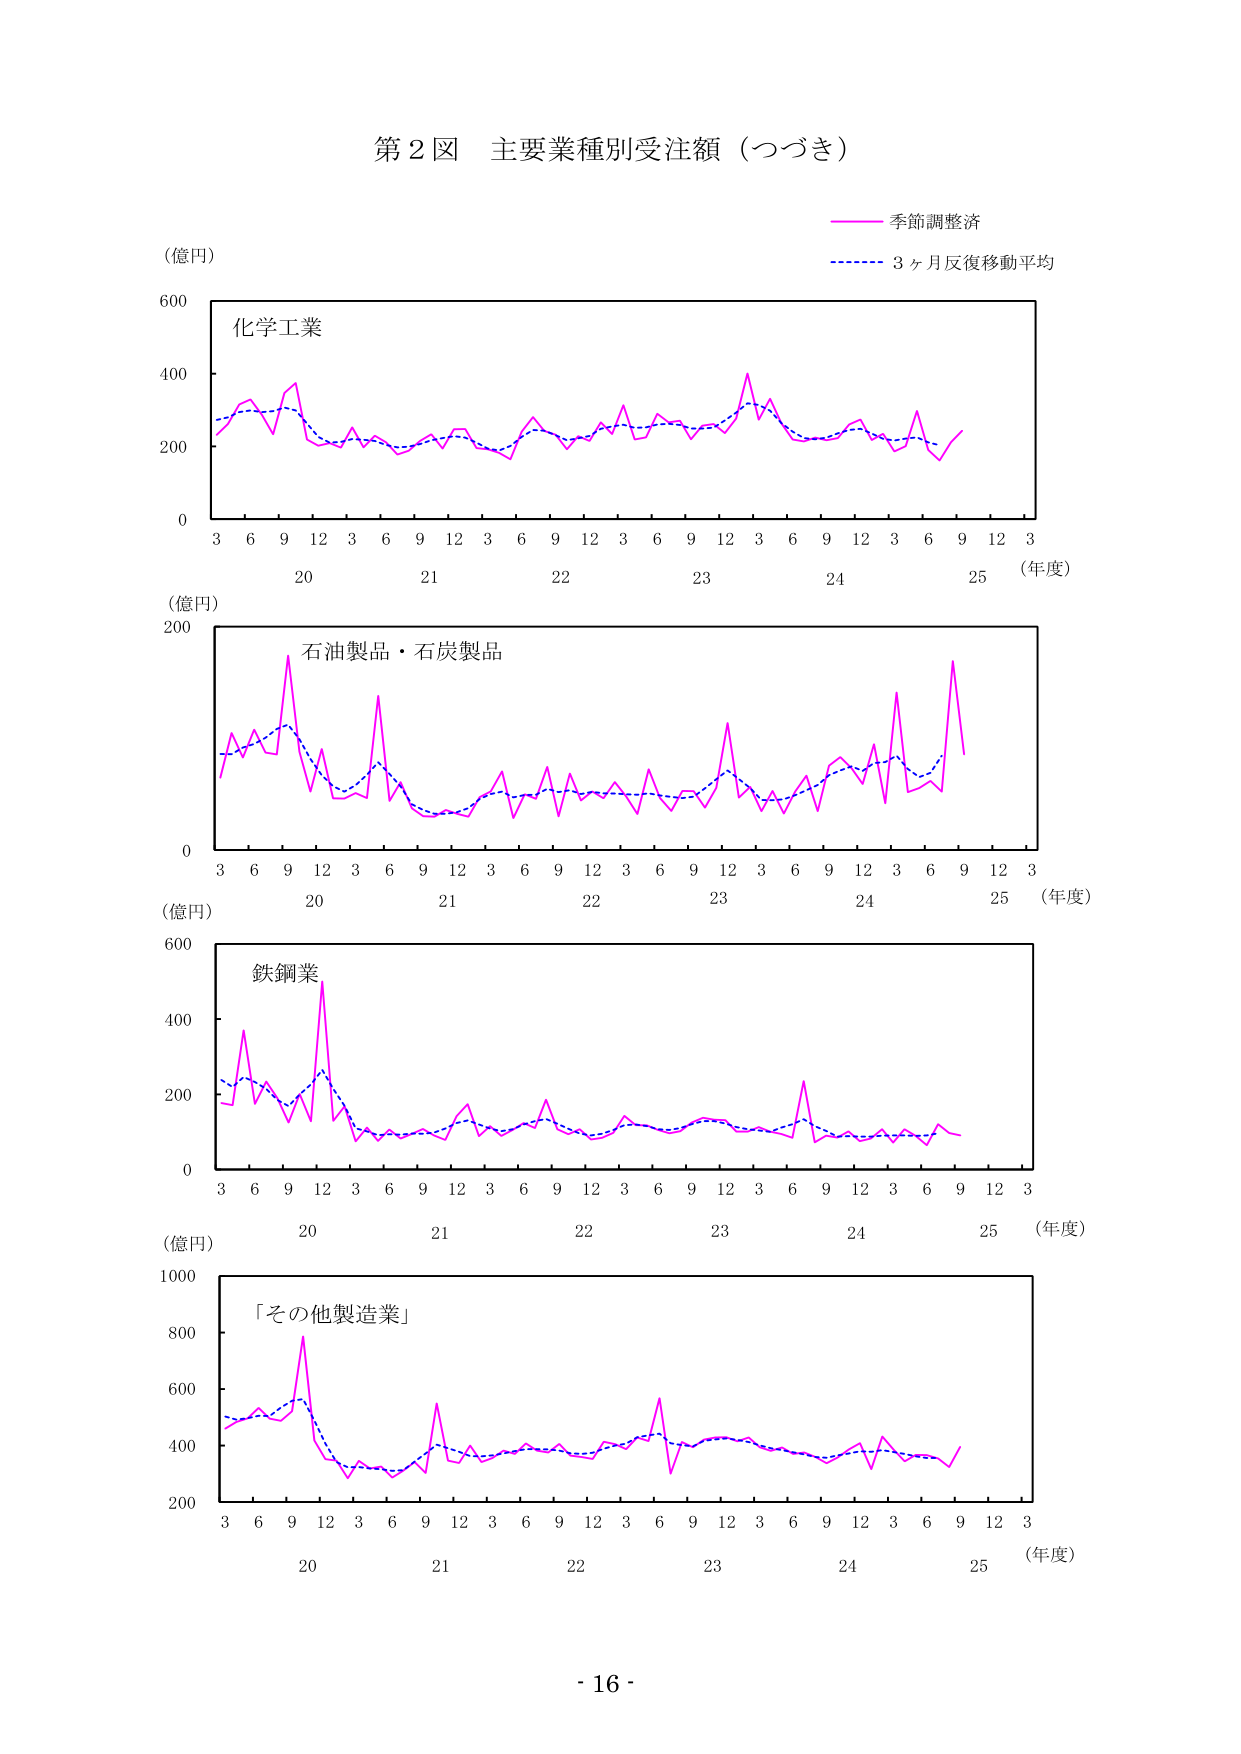
第２図 主要業種別受注額（つづき）

（億円）

化学工業

季節調整済
3ヶ月反復移動平均

（年度）
3 6 9 12 3 6 9 12 3 6 9 12 3 6 9 12 3 6 9 12 3
20 21 22 23 24 25

（億円）

石油製品・石炭製品

（年度）
3 6 9 12 3 6 9 12 3 6 9 12 3 6 9 12 3 6 9 12 3
20 21 22 23 24 25

（億円）

鉄鋼業

（年度）
3 6 9 12 3 6 9 12 3 6 9 12 3 6 9 12 3 6 9 12 3
20 21 22 23 24 25

（億円）

「その他製造業」

（年度）
3 6 9 12 3 6 9 12 3 6 9 12 3 6 9 12 3 6 9 12 3
20 21 22 23 24 25

- 16 -